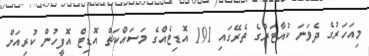
މިއަހަރުގެ ދެވަނަ ކުއާޓަރުގެ ތެރޭގައި 191 އޮޑިޓެއްގެ މަސައްކަތް އޮޑިޓް އޮފީހުން ކުރިއަށް